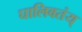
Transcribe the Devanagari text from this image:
घालिवतंय्